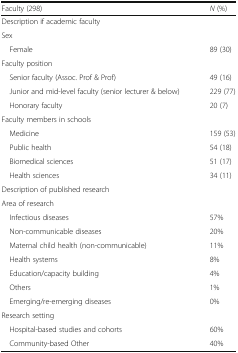
<table><thead><tr><td><b>Faculty (298)</b></td><td><b><i>N</i> (%)</b></td></tr></thead><tbody><tr><td colspan="2">Description if academic faculty</td></tr><tr><td colspan="2">Sex</td></tr><tr><td> Female</td><td>89 (30)</td></tr><tr><td colspan="2">Faculty position</td></tr><tr><td> Senior faculty (Assoc. Prof &amp; Prof)</td><td>49 (16)</td></tr><tr><td> Junior and mid-level faculty (senior lecturer &amp; below)</td><td>229 (77)</td></tr><tr><td> Honorary faculty</td><td>20 (7)</td></tr><tr><td colspan="2">Faculty members in schools</td></tr><tr><td> Medicine</td><td>159 (53)</td></tr><tr><td> Public health</td><td>54 (18)</td></tr><tr><td> Biomedical sciences</td><td>51 (17)</td></tr><tr><td> Health sciences</td><td>34 (11)</td></tr><tr><td colspan="2">Description of published research</td></tr><tr><td>Area of research</td><td></td></tr><tr><td> Infectious diseases</td><td>57%</td></tr><tr><td> Non-communicable diseases</td><td>20%</td></tr><tr><td> Maternal child health (non-communicable)</td><td>11%</td></tr><tr><td> Health systems</td><td>8%</td></tr><tr><td> Education/capacity building</td><td>4%</td></tr><tr><td> Others</td><td>1%</td></tr><tr><td> Emerging/re-emerging diseases</td><td>0%</td></tr><tr><td colspan="2">Research setting</td></tr><tr><td> Hospital-based studies and cohorts</td><td>60%</td></tr><tr><td> Community-based Other</td><td>40%</td></tr></tbody></table>